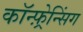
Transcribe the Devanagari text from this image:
कॉन्फ़्रेन्सिंग